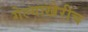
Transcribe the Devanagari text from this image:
गेल्याखेरीच